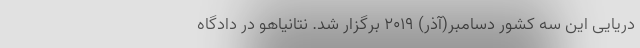
دریایی این سه کشور دسامبر(آذر) ۲۰۱۹ برگزار شد. نتانیاهو در دادگاه